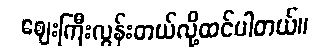
ဈေးကြီးလွန်းတယ်လို့ထင်ပါတယ်။